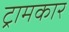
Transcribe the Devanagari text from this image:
ट्रामकार